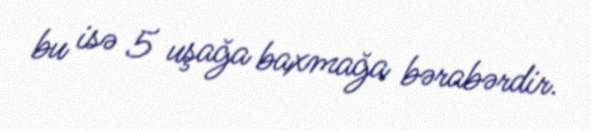
bu isə 5 uşağa baxmağa bərabərdir.